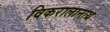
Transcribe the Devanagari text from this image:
विकरालानाथ